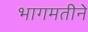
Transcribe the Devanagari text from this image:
भागमतीने